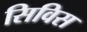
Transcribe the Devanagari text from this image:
सिविस